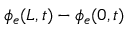
\phi _ { e } ( L , t ) - \phi _ { e } ( 0 , t )